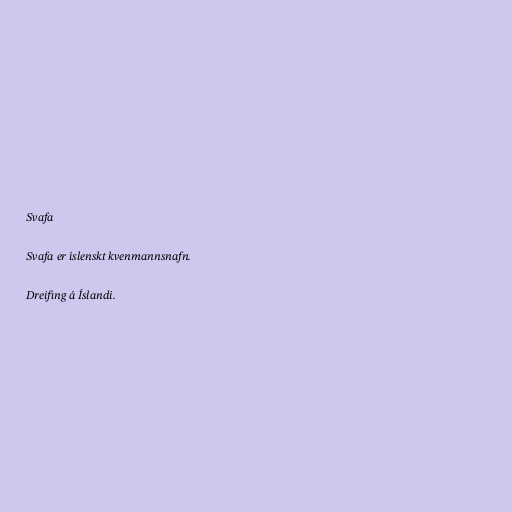
Svafa

Svafa er íslenskt kvenmannsnafn.

Dreifing á Íslandi.